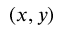
( x , y )